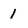
Character: 1